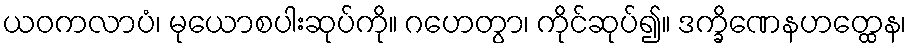
ယဝကလာပံ၊ မုယောစပါးဆုပ်ကို။ ဂဟေတွာ၊ ကိုင်ဆုပ်၍။ ဒက္ခိဏေနဟတ္ထေန၊